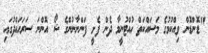
"ޑޮންޑޮން ވިއްކުމުގެ މަސައްކަތް ހުއްޓުނީމާ ދެން ފެށީ ފަންނާނުންގެ ޝޯ އޮންނަ ސަރަހައްދުގައި